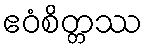
ဧဝံစိတ္တဿ